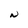
Character: N